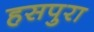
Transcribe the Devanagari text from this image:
हसपुरा